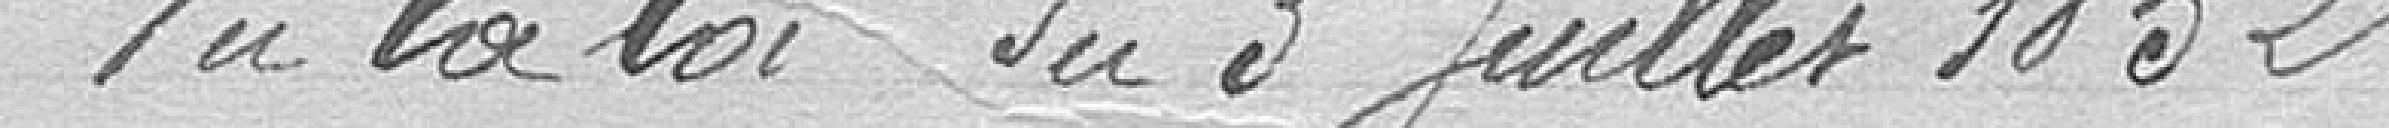
Vu la loi du 3 juillet 1852,